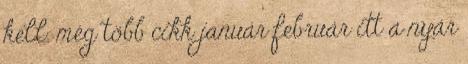
kell. még több cikk január február itt a nyár